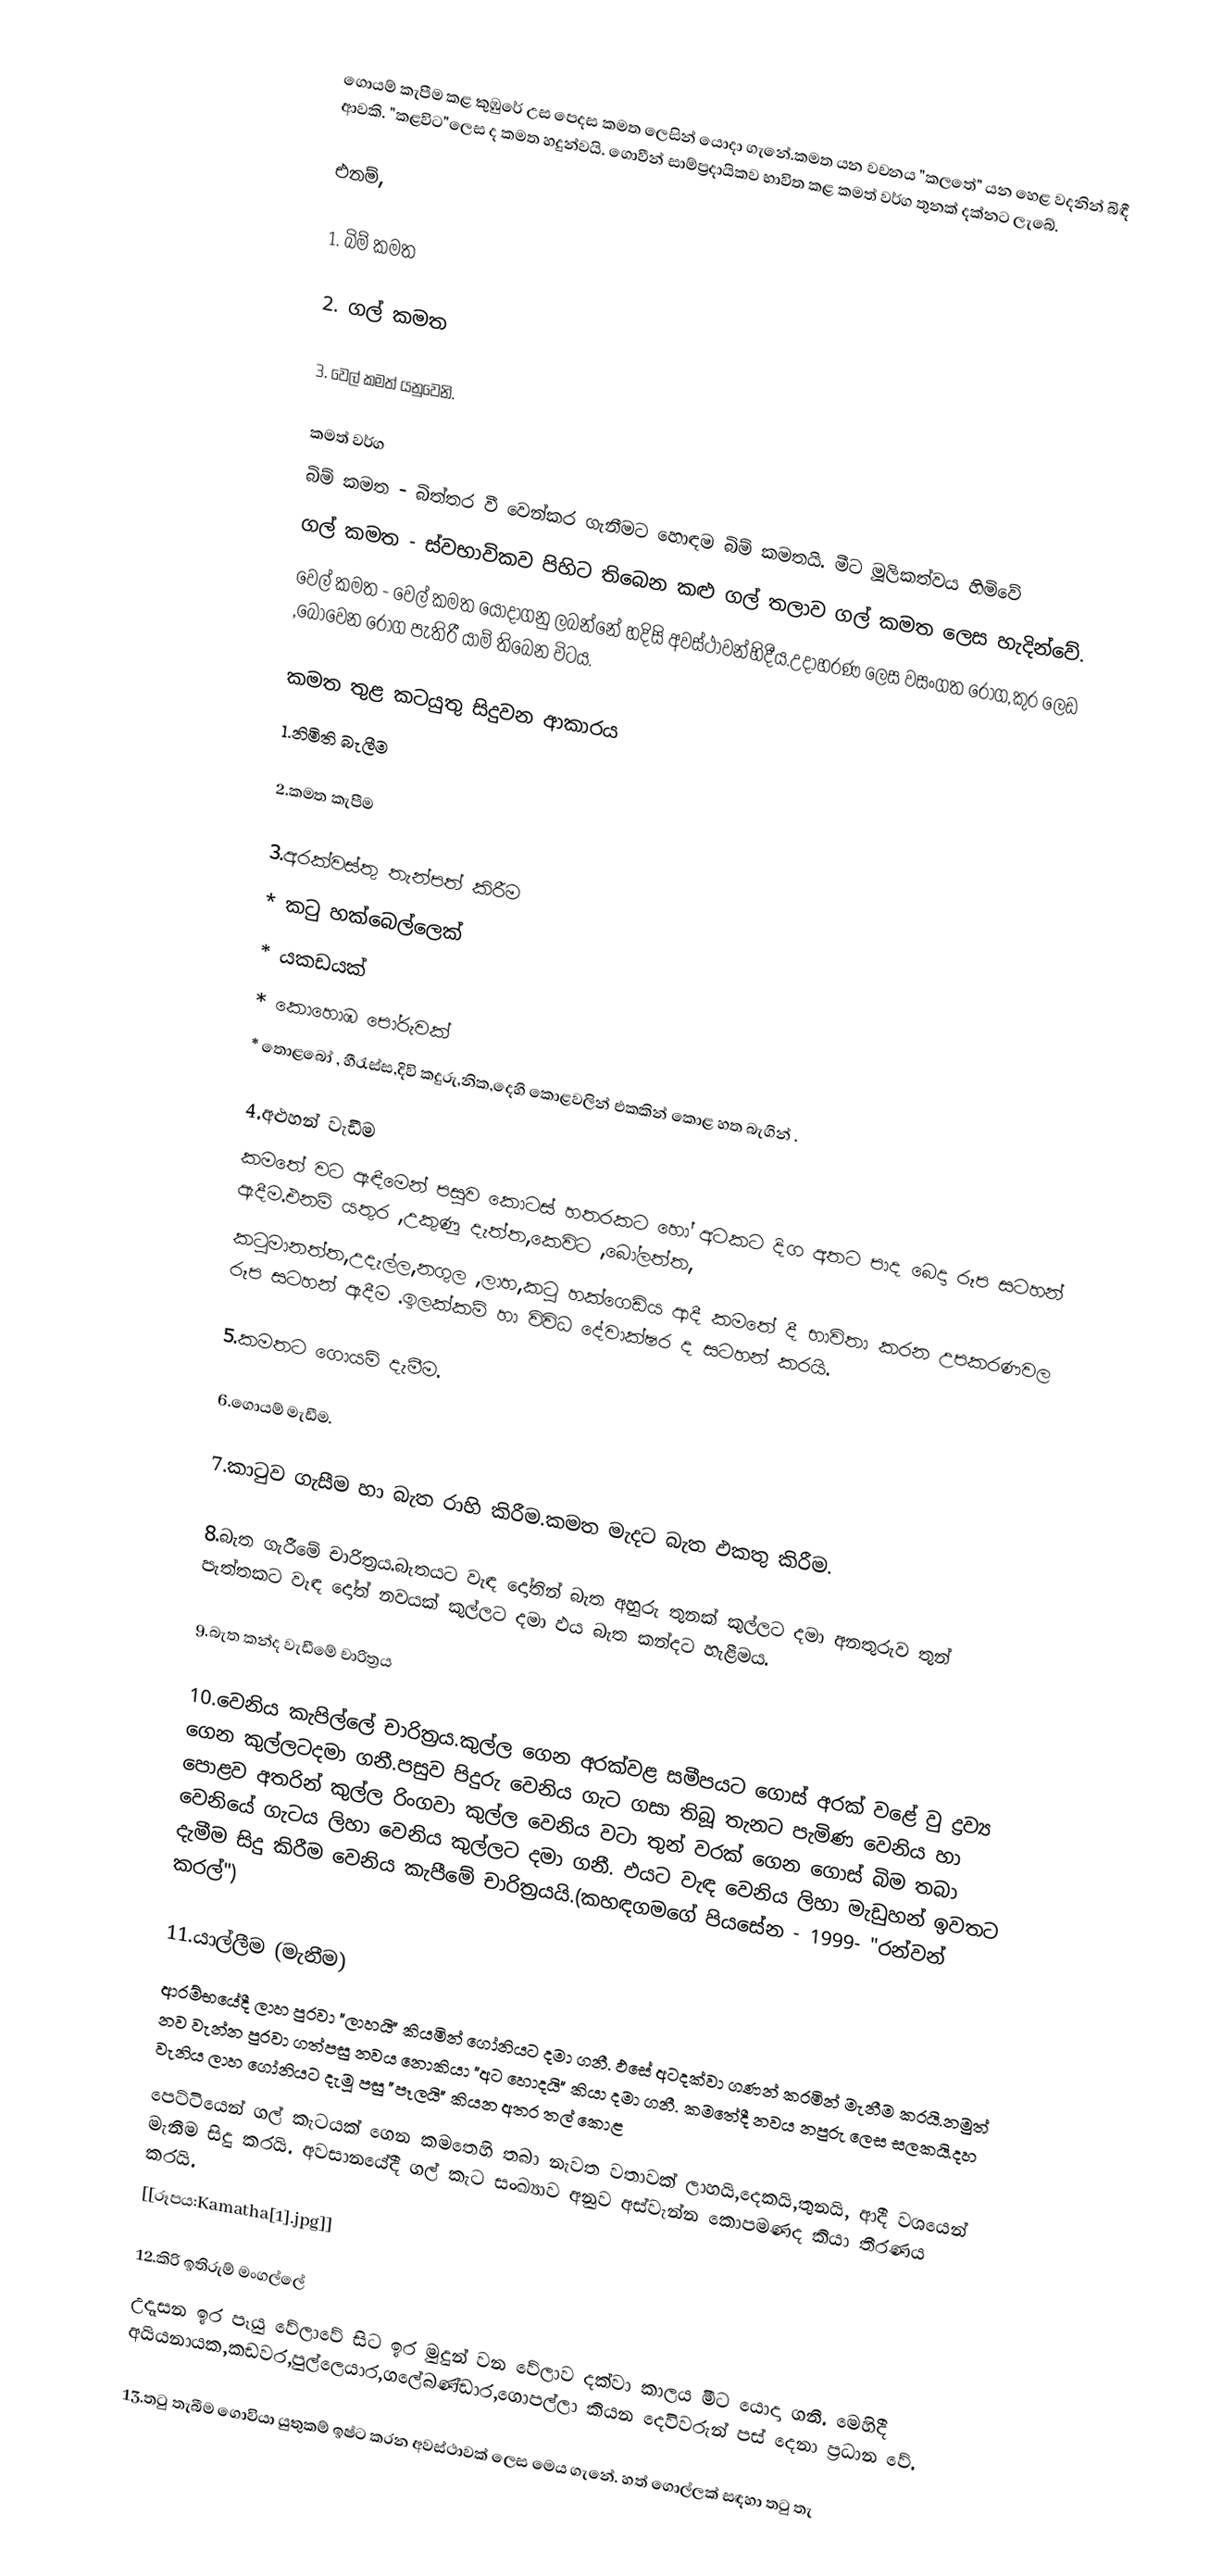
ගොයම් කැපීම කළ කුඹු‍රේ උස පෙදස කමත ලෙසින් යොදා ගැනේ.කමත යන වචනය "කලතේ" යන හෙළ වදනින් බිඳී ආවකි. "කළවිට"ලෙස ද කමත හදුන්වයි. ගොවීන් සාම්ප්‍රදායිකව භාවිත කළ කමත් වර්ග තුනක් දක්නට ලැබේ.

එනම්,

1. බිම් කමත

2. ගල් කමත

3. වෙල් කමත් යනුවෙනි.

කමත් වර්ග
බිම් කමත - බිත්තර වී වෙන්කර ගැනීමට හොඳම බිම් කමතයි. මීට මූලිකත්වය හිමිවේ
ගල් කමත - ස්වභාවිකව පිහිට තිබෙන කළු ගල් තලාව ගල් කමත ලෙස හැදින්වේ.
වෙල් කමත -  වෙල් කමත යොදාගනු ලබන්නේ හදිසි අවස්ථාවන්හිදීය.උදාහරණ ලෙස  වසංගත රෝග,කුර ලෙඩ ,බෝවෙන රෝග පැතිරී යාම් තිබෙන විටය.

කමත තුළ කටයුතු සිදුවන ආකාරය
1.නිමිති බැලීම

2.කමත කැපීම

3.අරක්වස්තු තැන්පත් කිරීම
 * කටු හක්බෙල්ලෙක්
 * යකඩයක්
 * කොහොඹ පෝරුවක්
 * තොළබෝ , හීරැස්ස,දිවි කදුරු,නික,දෙහි කොළවලින් එකකින් කොළ හත බැගින් .

4.අළුහන් වැඩීම
කමතේ වට ඇඳීමෙන් පසුව කොටස් හතරකට හෝ අටකට දිග අතට පාද බෙදා රූප සටහන් ඇදීම.එනම් යතුර ,උකුණු දැත්ත,කෙවිට ,බෝලත්ත,
කටුමානත්ත,උදැල්ල,නගුල ,ලාහ,කටු හක්ගෙඩිය ආදී කමතේ දී භාවිතා කරන උපකරණවල රූප සටහන් ඇදීම .ඉලක්කම් හා විවිධ දේවා‍‍‍‍‍‍‍‍‍‍‍ක‍‍‍‍‍‍‍‍‍‍‍‍‍‍‍‍‍‍‍‍‍‍‍‍‍‍‍‍‍‍‍‍‍‍‍‍‍‍‍‍‍‍‍‍‍‍‍‍‍‍‍‍‍‍‍‍‍‍‍‍‍‍‍‍‍‍‍‍‍‍‍‍‍‍‍‍‍‍්‍ෂර ද  සටහන් කරයි.

5.කමතට   ගොයම් දැමීම.

6.ගොයම් මැඩීම.

7.කාටුව ගැසීම හා බැත රාහි කිරීම.කමත මැදට බැත ඵකතු කිරීම.

8.බැත ගැරීමේ චාරිත්‍රය.බැතයට වැඳ දෝතින් බැත අහුරු තුනක් කුල්ලට  දමා අනතුරුව තුන් පැත්තකට වැඳ දෝත් නවයක් කුල්ලට දමා ඵය බැත කන්දට හැළීමය.

9.බැත කන්ද වැඩීමේ චාරිත්‍රය

10.වෙනිය කැපිල්ලේ චාරිත්‍රය.කුල්ල ගෙන අරක්වළ සමීපයට ගොස් අරක් වළේ වු ද්‍රව්‍ය ගෙන කුල්ලටදමා ගනී.පසුව පිදුරු වෙනිය ගැට ගසා තිබූ තැනට පැමිණ වෙනිය හා පොළව අතරින් කුල්ල රිංගවා කුල්ල වෙනිය වටා තුන් වරක් ගෙන ගොස් බිම තබා වෙනියේ ගැටය ලිහා වෙනිය කුල්ලට දමා ගනී. ඵයට වැඳ වෙනිය ලිහා මැඩුහන් ඉවතට දැමීම සිදු කිරීම වෙනිය කැපීමේ චාරිත්‍රයයි.(කහඳගමගේ පියසේන - 1999- "රන්වන් කරල්")

11.යාල්ලීම (මැනීම)
ආරම්භයේදී ලා‍හ පුරවා "ලාහයි" කියමින් ගෝනියට දමා ගනී. ඵසේ අටදක්වා ගණන් කරමින් මැනීම කරයි.නමුත් නව වැන්න පුරවා ගත්පසු නවය නොකියා "අට හොදයි" කියා දමා ගනී. කමතේදී නවය නපුරු ලෙස සලකයි.දහ වැනිය ලාහ ගෝනියට දැමූ පසු "පෑලයි" කියන අතර තල් කොළ
පෙට්ටියෙන් ගල් කැටයක් ගෙන කමතෙහි තබා නැවත වතාවක් ලාහයි,දෙකයි,තුනයි, ආදී වශයෙන් මැනීම සිදු කරයි. අවසානයේදී ගල් කැට සංඛ්‍යාව අනුව අස්වැන්න කොපමණද කියා තීරණය කරයි.
[[රූපය:Kamatha[1].jpg]]

12.කිරි ඉතිරුම් මංගල්ලේ
 උදෑසන ඉර පෑයු වේලාවේ සිට ඉර මුදුන් වන වේලාව දක්වා කාලය මීට යොදා ගනී. මෙහිදී අයියනායක,කඩවර,පුල්ලෙයාර,ගලේබණ්ඩාර,ගොපල්ලා කියන දෙවිවරුන් පස් දෙනා ප්‍රධාන වේ.

13.තටු තැබීම ගොවියා යුතුකම් ඉෂ්ට කරන අවස්ථාවක් ලෙස ‍මෙය ගැනේ. හත් ගොල්ලක් සඳහා තටු තැ